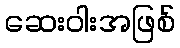
ဆေးဝါးအဖြစ်